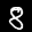
Label: 8